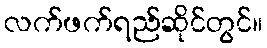
လက်ဖက်ရည်ဆိုင်တွင်။